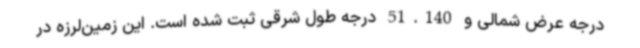
درجه عرض شمالی و 51.140 درجه طول شرقی ثبت شده است. این زمین‌لرزه در